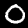
Digit: 0